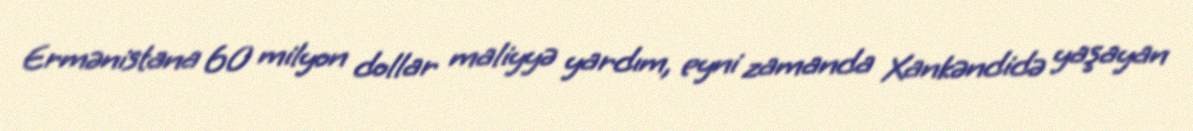
Ermənistana 60 milyon dollar maliyyə yardım, eyni zamanda Xankəndidə yaşayan